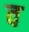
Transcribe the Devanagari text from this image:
व